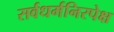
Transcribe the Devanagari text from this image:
सर्वधर्मनिरपेक्ष